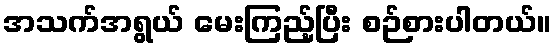
အသက်အရွယ် မေးကြည့်ပြီး စဉ်စားပါတယ်။